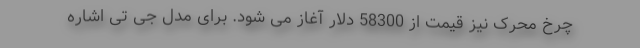
چرخ محرک نیز قیمت از 58300 دلار آغاز می شود. برای مدل جی تی اشاره